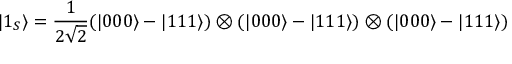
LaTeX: | 1 _ { S } \rangle = { \frac { 1 } { 2 { \sqrt { 2 } } } } ( | 0 0 0 \rangle - | 1 1 1 \rangle ) \otimes ( | 0 0 0 \rangle - | 1 1 1 \rangle ) \otimes ( | 0 0 0 \rangle - | 1 1 1 \rangle )